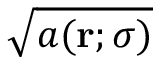
\sqrt { a ( \mathbf { r } ; \sigma ) }